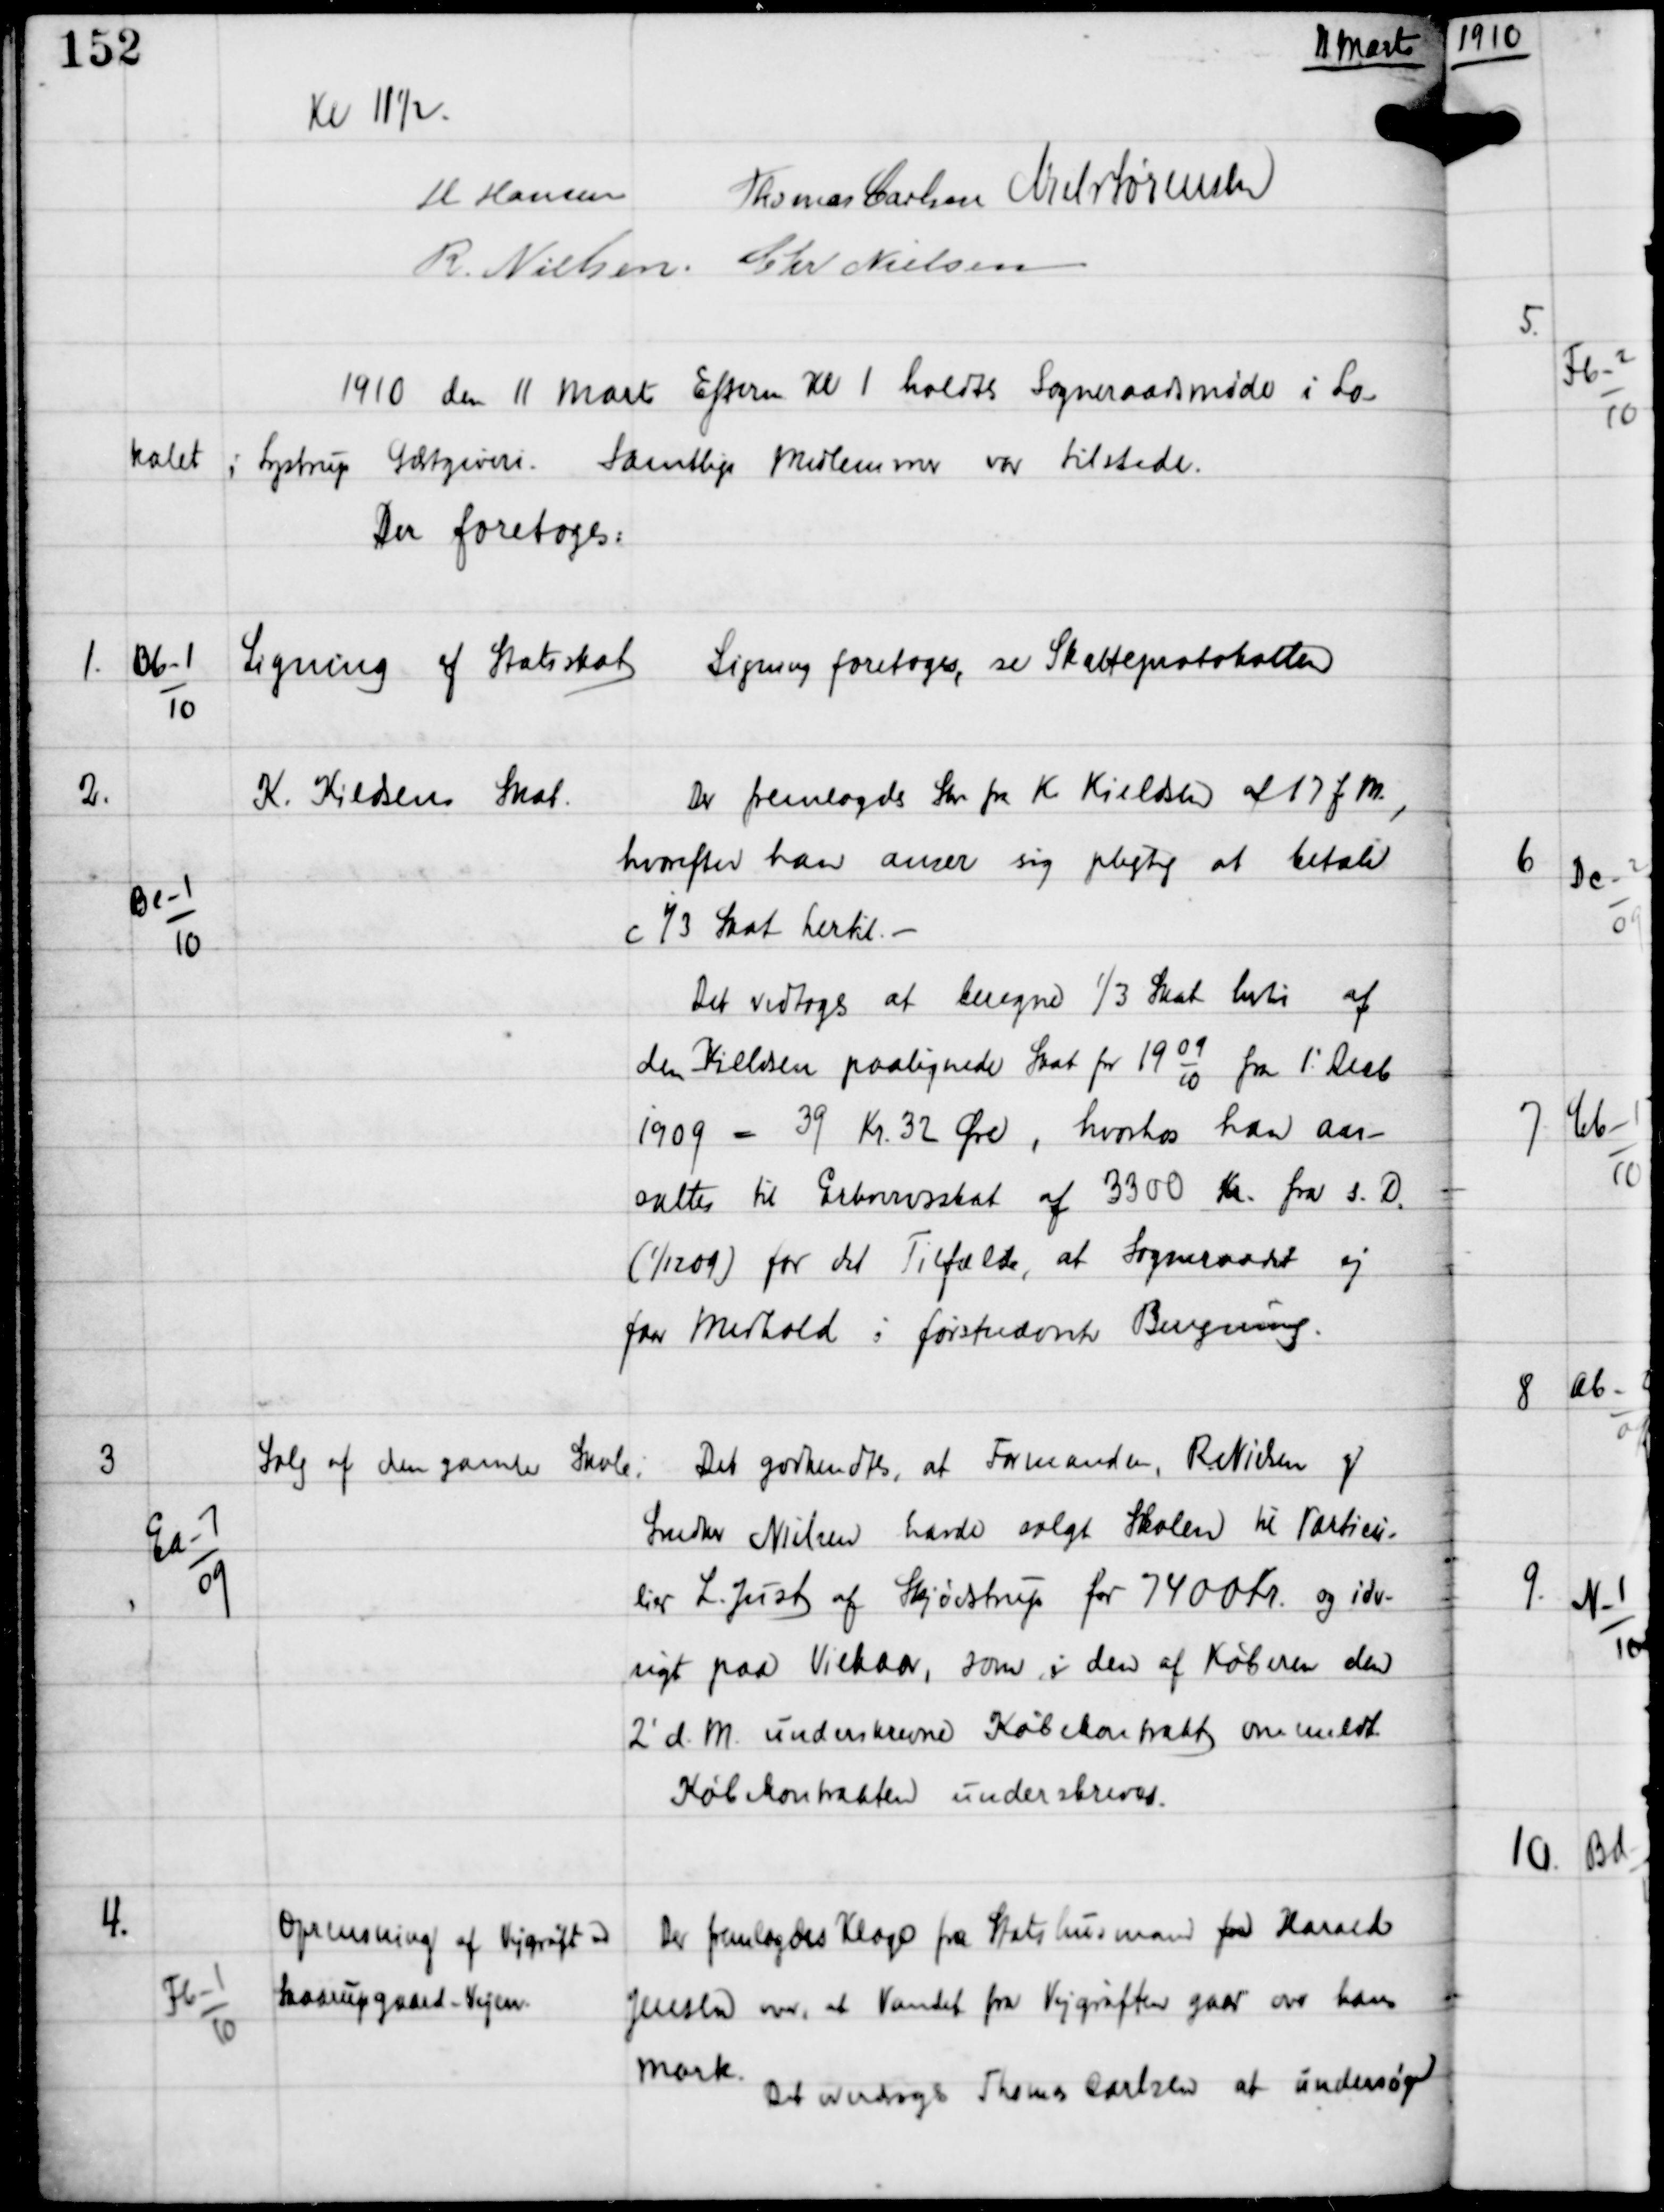
Transskription:
11 Marts

Kl 11½

H Hansen
Thomas Carlsen Niels Sørensen
R Nielsen Chr Nielsen

1910 den 11. Marts Efterm Kl 1 holdtes Sogneraadsmøde i Lo-
kalet i Lystrup Gæstgiveri. Samtlige Medlemmer vare tilstede.
Der foretoges:

1.

Bb-1
10

Ligning af Statsskat

Ligning foretoges se Skatteprotokollen

2

Be-1
10

K. Kieldsens Skat

Der fremlagdes Skr fra K Kieldsen af 17 f.M,
hvorefter han anser sig pligtig at betale
c. 1/3 Skat hertil. -
Det vedtoges at beregne 1/3 Skat hertil af
den Kieldsen paalignede Skat for 19
09
10
fra 1' Decb
1909 = 39 Kr 32 Øre, hvorhos han an-
sattes til Erhvervsskat af 3300 Kr fra s.D.
(1/12 09) for det Tilfælde, at Sogneraadet ej
faar Medhold i førstnævnte Beregning.

3

Ea-7
09

Salg af den gamle Skole

Det godkendtes, at Formanden, R Nielsen og
Snedker Nielsen havde solgt Skolen til Particu-
lier L. Just af Skødstrup for 7400 Kr og iøv-
rigt paa Vilkaar, som i den af Køberen den
2' d.M underskrevne Købskontrakt anmeldt
Købskontrakten underskreves.

4.

Fb-1
10

Oprensning af Vejgrøft ved
Skaarupgaard-Vejen

Der fremlagdes Klage fra Statshusmand for Harald
Jensen over, at Vandet fra Vejgrøften gaar over hans
Mark.
Det overdrages Thomas Carlsen at undersøge